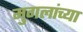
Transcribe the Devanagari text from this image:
मुगलांच्या